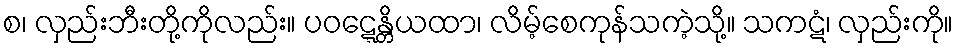
စ၊ လှည်းဘီးတို့ကိုလည်း။ ပဝဋ္ဋေန္တိယထာ၊ လိမ့်စေကုန်သကဲ့သို့။ သကဋံ၊ လှည်းကို။